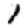
Digit: 1